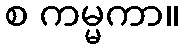
စ ကမ္မကာ။